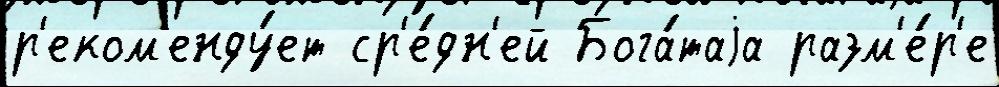
р'еком'енду́ет ср'е́дн'ей Бога́таjа разм'е́р'е